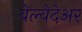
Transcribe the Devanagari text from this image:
बेल्वेदेअर